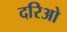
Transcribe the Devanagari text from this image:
दरिओ